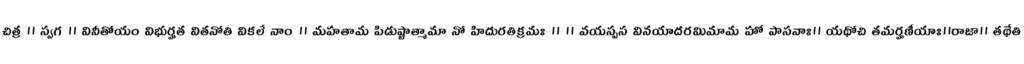
చిత్ర ॥ స్వగ ॥ వినీతోయం విభుర్హత వితనోతి వికలే నాం ॥ మహతామ పిడుష్టాత్మామా నో హిదురతిక్రమః ॥ ॥ వయస్పస వినయాదరమిమామ హో పాసనాః॥ యథోచి తమర్హణీయాః॥రాజా॥ తథేతి